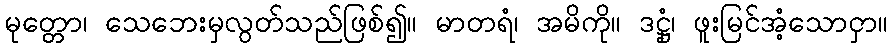
မုတ္တော၊ သေဘေးမှလွတ်သည်ဖြစ်၍။ မာတရံ၊ အမိကို။ ဒဋ္ဌုံ၊ ဖူးမြင်အံ့သောငှာ။